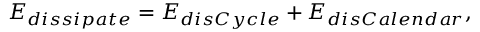
E _ { d i s s i p a t e } = E _ { d i s C y c l e } + E _ { d i s C a l e n d a r } ,